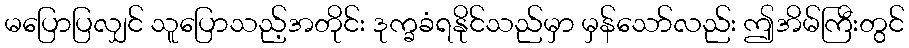
မပြောပြလျှင် သူပြောသည့်အတိုင်း ဒုက္ခခံရနိုင်သည်မှာ မှန်သော်လည်း ဤအိမ်ကြီးတွင်